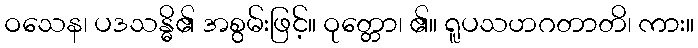
ဝသေန၊ ပဒသန္ဓိ၏ အစွမ်းဖြင့်။ ဝုတ္တော၊ ၏။ ရူပသဟဂတာတိ၊ ကား။